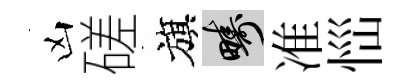
凶磋旗疇准𢙉